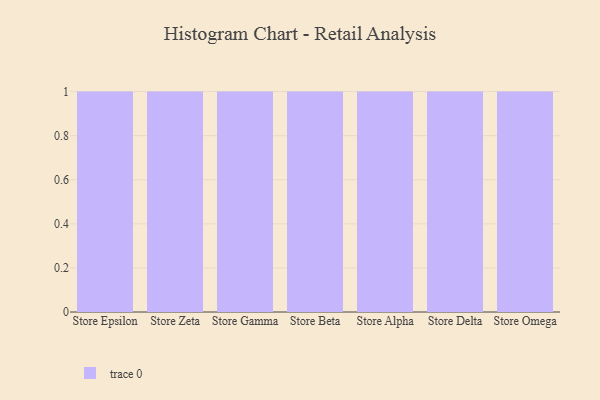
{"axis": {"x": "Store", "y": "Page Views"}, "legend": [""], "data": [{"x": "Store Epsilon", "y": 59, "type": ""}, {"x": "Store Zeta", "y": 93, "type": ""}, {"x": "Store Gamma", "y": 85, "type": ""}, {"x": "Store Beta", "y": 93, "type": ""}, {"x": "Store Alpha", "y": 100, "type": ""}, {"x": "Store Delta", "y": 8, "type": ""}, {"x": "Store Omega", "y": 33, "type": ""}]}